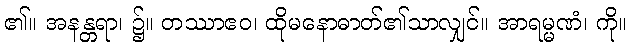
၏။ အနန္တရာ၊ ၌။ တဿာဧဝ၊ ထိုမနောဓာတ်၏သာလျှင်။ အာရမ္မဏံ၊ ကို။